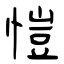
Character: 愷